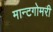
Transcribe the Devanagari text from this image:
मान्टगोमरी